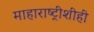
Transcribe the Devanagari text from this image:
माहाराष्ट्रीशीही